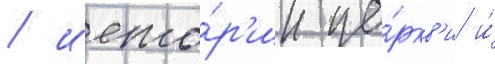
/ исто́р'ии це́ркв'и и́